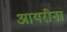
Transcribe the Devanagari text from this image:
आयरीना